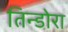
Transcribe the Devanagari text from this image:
तिन्डोरा